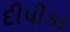
દીપીકા